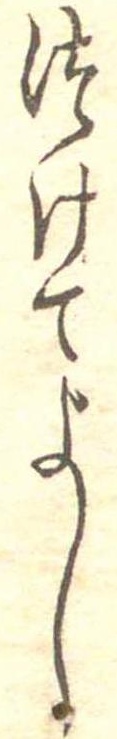
つけてよし